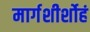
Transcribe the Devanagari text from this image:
मार्गशीर्शोहं